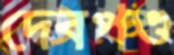
দেবপশু